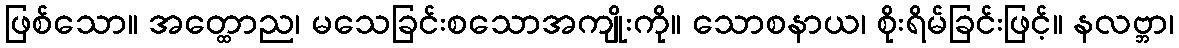
ဖြစ်သော။ အတ္ထောည၊ မသေခြင်းစသောအကျိုးကို။ သောစနာယ၊ စိုးရိမ်ခြင်းဖြင့်။ နလဗ္ဘာ၊